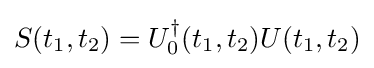
S(t_{1},t_{2})=U_{0}^{\dagger }(t_{1},t_{2})U(t_{1},t_{2})